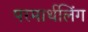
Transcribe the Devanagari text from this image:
परमार्थलिंग